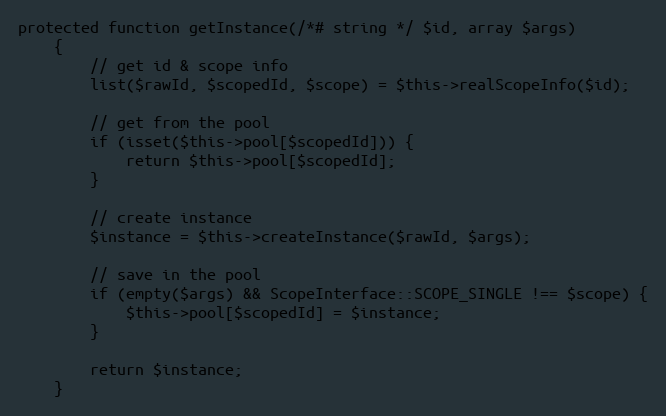
Language: PHP
protected function getInstance(/*# string */ $id, array $args)
    {
        // get id & scope info
        list($rawId, $scopedId, $scope) = $this->realScopeInfo($id);

        // get from the pool
        if (isset($this->pool[$scopedId])) {
            return $this->pool[$scopedId];
        }

        // create instance
        $instance = $this->createInstance($rawId, $args);

        // save in the pool
        if (empty($args) && ScopeInterface::SCOPE_SINGLE !== $scope) {
            $this->pool[$scopedId] = $instance;
        }

        return $instance;
    }